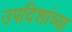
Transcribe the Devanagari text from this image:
उपदिशांच्या